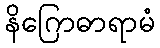
နိဂြောဓာရာမံ